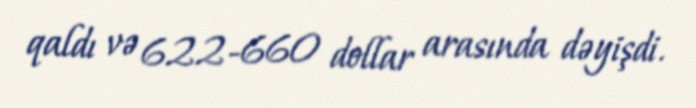
qaldı və 622-660 dollar arasında dəyişdi.